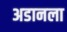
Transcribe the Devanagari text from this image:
अडानला